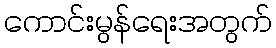
ကောင်းမွန်ရေးအတွက်